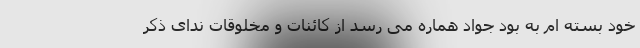
خود بسته ام به بود جواد هماره می رسد از کائنات و مخلوقات ندای ذکر